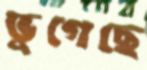
ভুগেছে